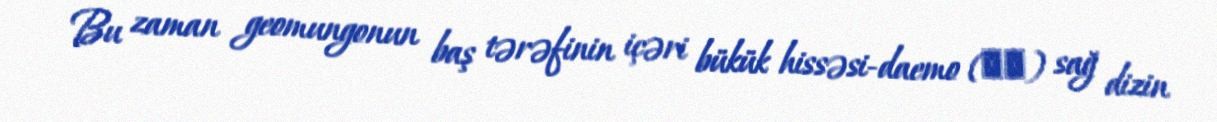
Bu zaman geomungonun baş tərəfinin içəri bükük hissəsi−daemo (대모) sağ dizin